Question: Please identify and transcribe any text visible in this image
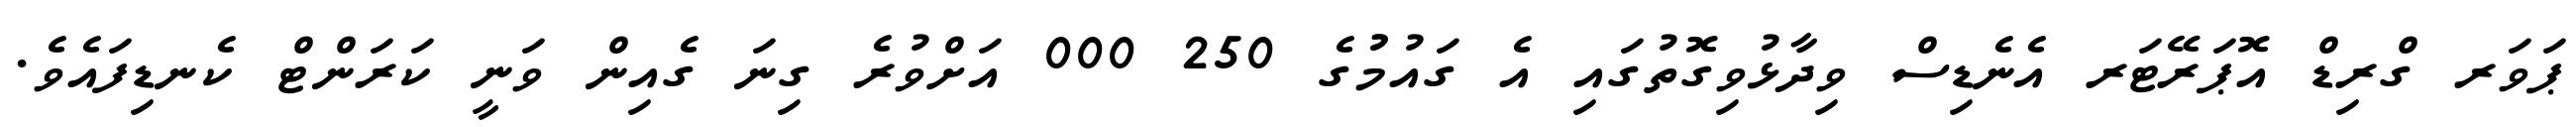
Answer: ޕަވަރ ގްރިޑް އޮޕަރޭޓަރ އެނެޑިސް ވިދާޅުވިގޮތުގައި އެ ގައުމުުގެ 250 000 އަށްވުރެ ގިނަ ގެއިން ވަނީ ކަރަންޓް ކެނޑިފައެވެ.